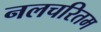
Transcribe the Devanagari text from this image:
नलचरितम